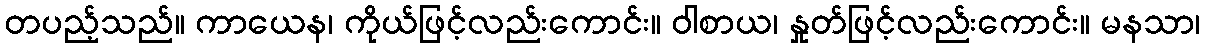
တပည့်သည်။ ကာယေန၊ ကိုယ်ဖြင့်လည်းကောင်း။ ဝါစာယ၊ နှုတ်ဖြင့်လည်းကောင်း။ မနသာ၊